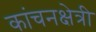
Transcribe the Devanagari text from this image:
कांचनक्षेत्री